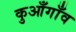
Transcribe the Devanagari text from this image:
कुआँगाँव